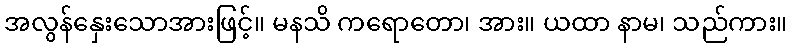
အလွန်နှေးသောအားဖြင့်။ မနသိ ကရောတော၊ အား။ ယထာ နာမ၊ သည်ကား။